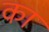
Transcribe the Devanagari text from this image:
का